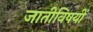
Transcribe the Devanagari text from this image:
जातीविषयीं